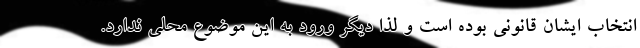
انتخاب ایشان قانونی بوده است و لذا دیگر ورود به این موضوع محلی ندارد.